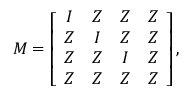
\boldsymbol { M } = \left[ \begin{array} { c c c c } { \boldsymbol { I } } & { \boldsymbol { Z } } & { \boldsymbol { Z } } & { \boldsymbol { Z } } \\ { \boldsymbol { Z } } & { \boldsymbol { I } } & { \boldsymbol { Z } } & { \boldsymbol { Z } } \\ { \boldsymbol { Z } } & { \boldsymbol { Z } } & { \boldsymbol { I } } & { \boldsymbol { Z } } \\ { \boldsymbol { Z } } & { \boldsymbol { Z } } & { \boldsymbol { Z } } & { \boldsymbol { Z } } \end{array} \right] \mathrm { , }